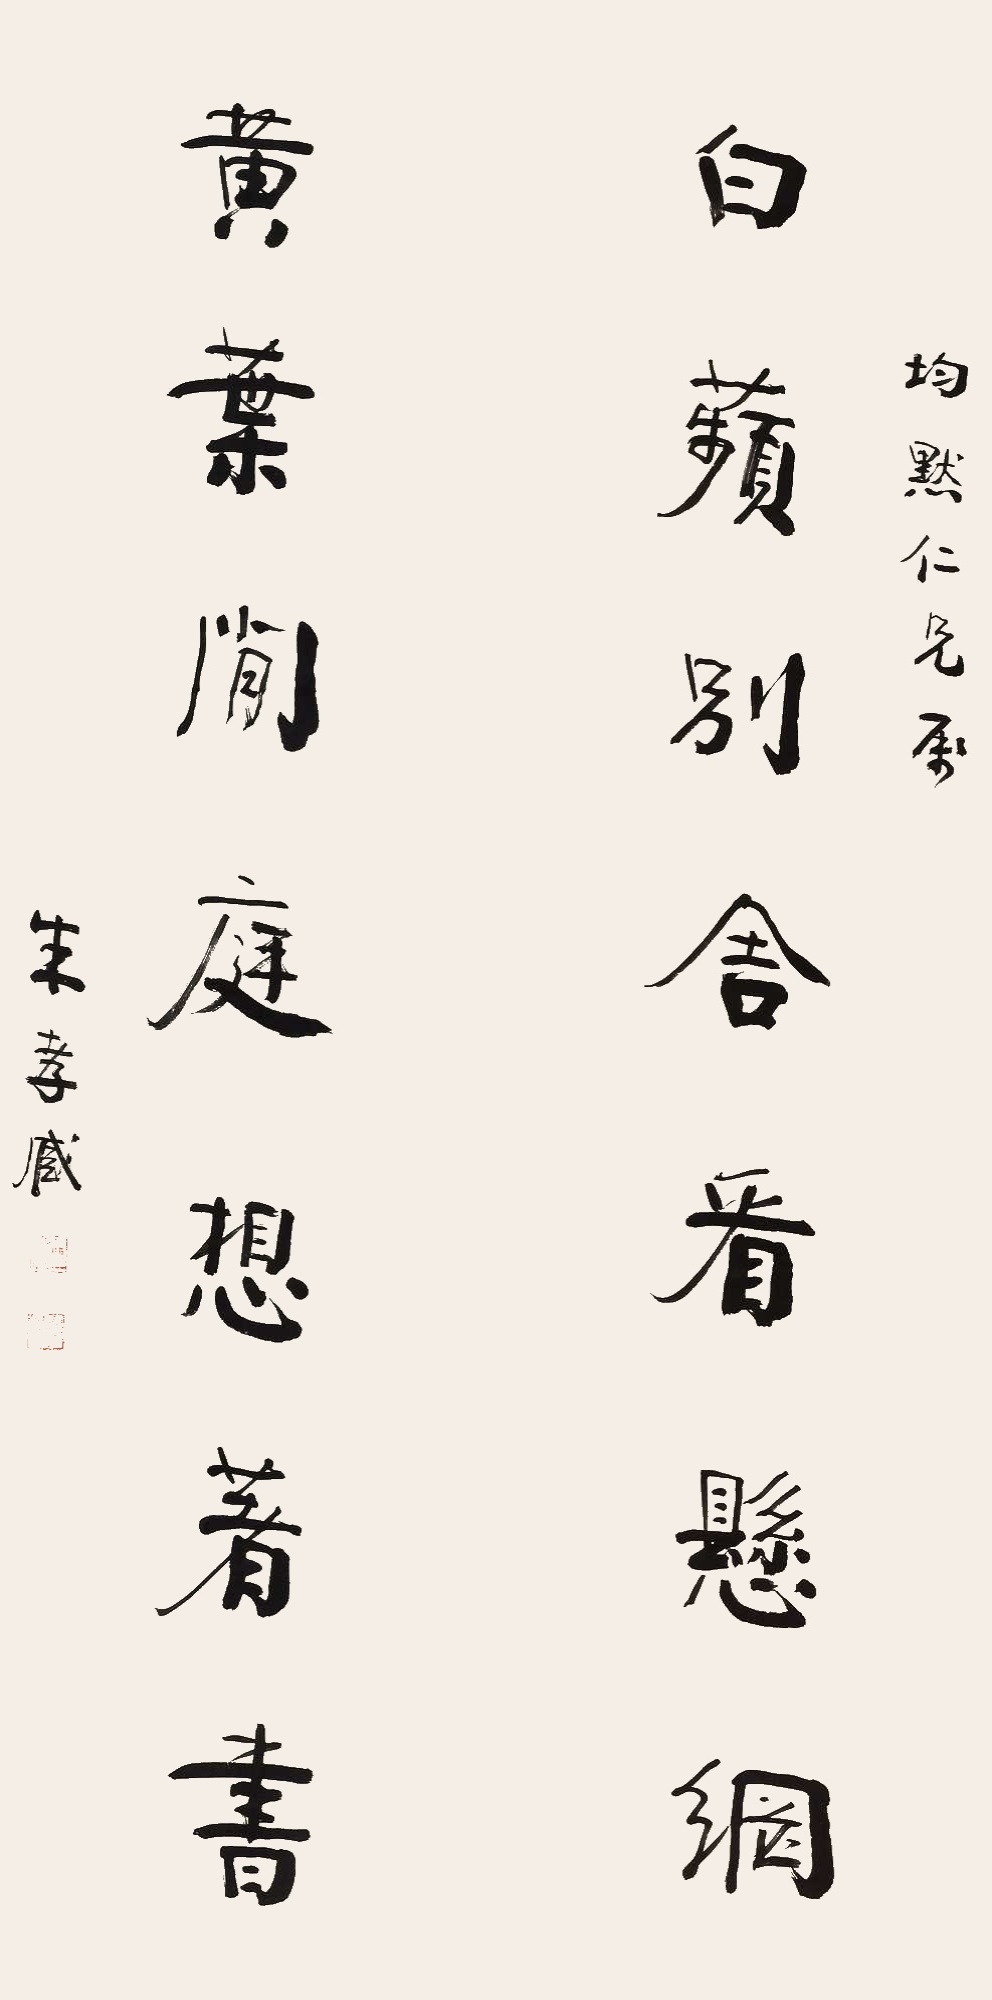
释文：白频别舍看悬网，黄叶闲庭想著书。君默仁兄属，朱孝臧。